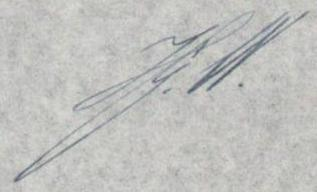
J.W.